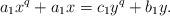
LaTeX: \begin{align*}a_1 x^q + a_1 x = c_1 y^q + b_1 y.\end{align*}